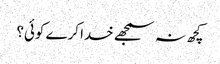
کچھ نہ سمجھے خدا کرے کوئی؟